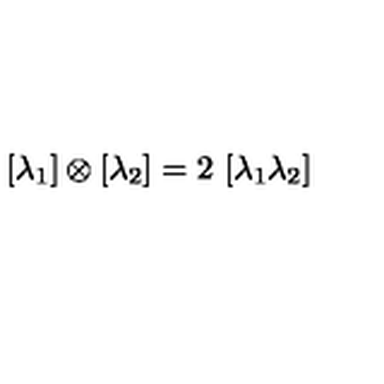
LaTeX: [ \lambda _ { 1 } ] \otimes [ \lambda _ { 2 } ] = 2 \ [ \lambda _ { 1 } \lambda _ { 2 } ]